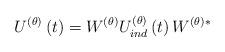
LaTeX: \begin{align*}U^{\left(\theta\right)}\left(t\right)=W^{\left(\theta\right)}U_{ind}^{\left(\theta\right)}\left(t\right)W^{\left(\theta\right)*}\end{align*}